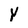
Character: Y